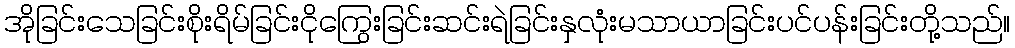
အိုခြင်းသေခြင်းစိုးရိမ်ခြင်းငိုကြွေးခြင်းဆင်းရဲခြင်းနှလုံးမသာယာခြင်းပင်ပန်းခြင်းတို့သည်။